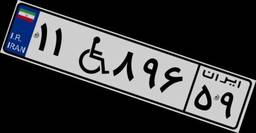
۱۱W۸۹۶۵۹